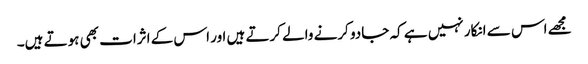
مجھے اس سے انکار نہیں ہے کہ جادو کرنے والے کرتے ہیں اور اس کے اثرات بھی ہوتے ہیں۔